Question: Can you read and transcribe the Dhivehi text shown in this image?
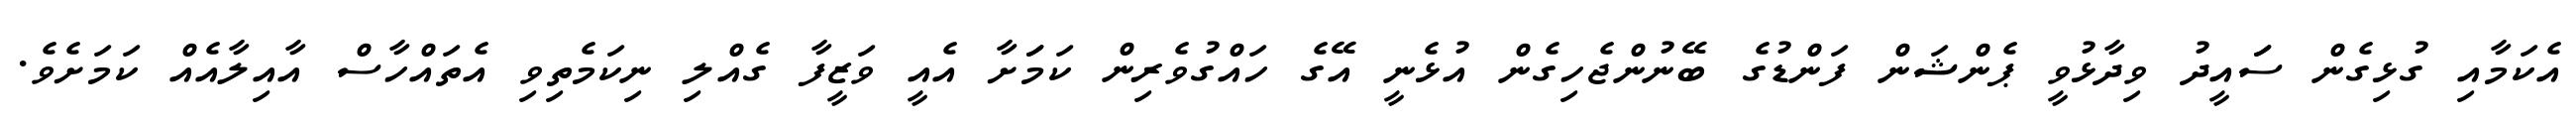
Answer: އެކަމާއި ގުޅިގެން ސަައީދު ވިދާޅުވީ ޕެންޝަން ފަންޑުގެ ބޭނުންޖެހިގެން އުޅެނީ އޭގެ ހައްގުވެރިން ކަމަަށާ އެއީ ވަޒީފާ ގެއްލި ނިކަމެތިވި އެތައްހާސް އާއިލާއެއް ކަމަށެވެ.